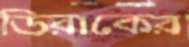
ডিরাকের